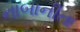
નાબાનીતા